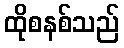
ထိုစနစ်သည်